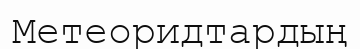
Метеоридтардың